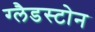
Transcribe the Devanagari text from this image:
ग्‍लैडस्‍टोन